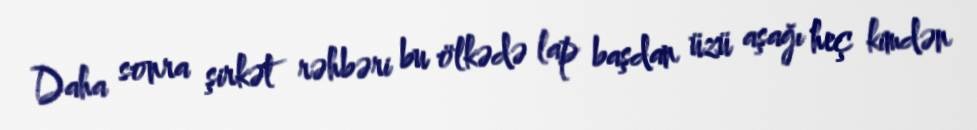
Daha sonra şirkət rəhbəri bu ölkədə lap başdan üzü aşağı heç kimdən